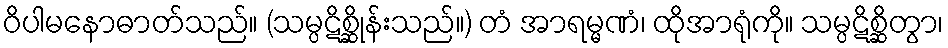
ဝိပါမနောဓာတ်သည်။ (သမ္ပဋိစ္ဆိုန်းသည်။) တံ အာရမ္မဏံ၊ ထိုအာရုံကို။ သမ္ပဋိစ္ဆိတွာ၊